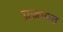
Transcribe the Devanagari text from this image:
प्रजामत